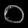
Digit: ၀